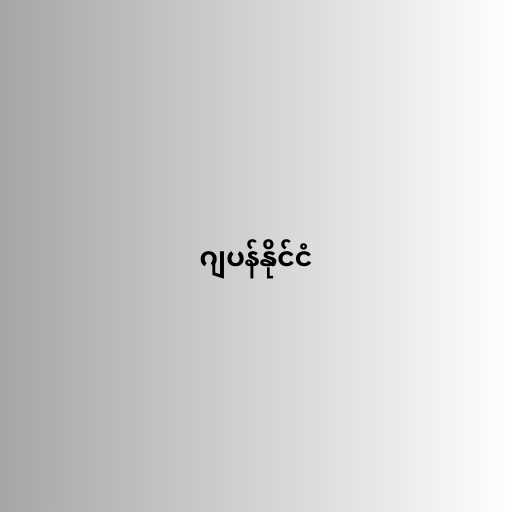
ဂျပန်နိုင်ငံ